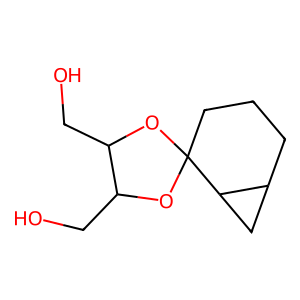
SMILES: OCC1OC2(CCCC3CC32)OC1CO
Inhibits HIV replication: No